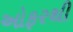
ઓફરથી